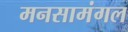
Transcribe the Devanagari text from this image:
मनसामंगल